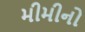
મીમીનો